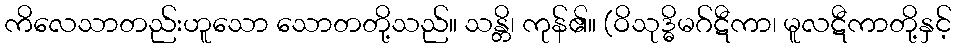
ကိလေသာတည်းဟူသော သောတတို့သည်။ သန္တိ၊ ကုန်၏။ (ဝိသုဒ္ဓိမဂ်ဋီကာ၊ မူလဋီကာတို့နှင့်